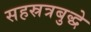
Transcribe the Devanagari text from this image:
सहस्रत्रबुद्धे